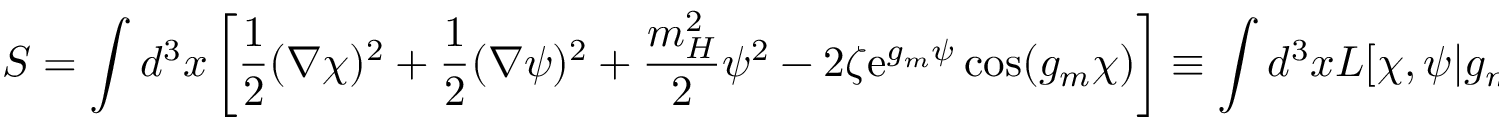
S = \int d ^ { 3 } x \left[ \frac 1 2 ( \nabla \chi ) ^ { 2 } + \frac 1 2 ( \nabla \psi ) ^ { 2 } + \frac { m _ { H } ^ { 2 } } { 2 } \psi ^ { 2 } - 2 \zeta \mathrm { e } ^ { g _ { m } \psi } \cos ( g _ { m } \chi ) \right] \equiv \int d ^ { 3 } x { \cal L } [ \chi , \psi | g _ { m } , \zeta ] .